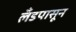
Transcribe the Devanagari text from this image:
लँडपासून